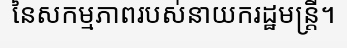
នៃសកម្មភាពរបស់នាយករដ្ឋមន្ត្រី។